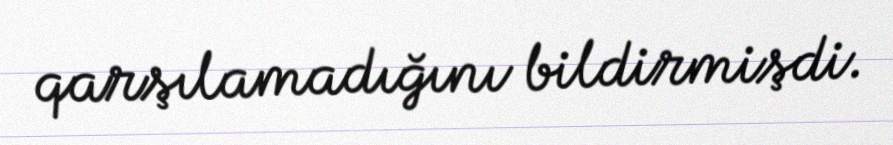
qarşılamadığını bildirmişdi.